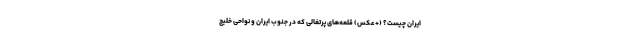
ایران چیست؟ (+عکس) قلعه‌های پرتغالی که در جنوب ایران و نواحی خلیج